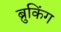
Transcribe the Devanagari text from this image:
ब्रुकिंग